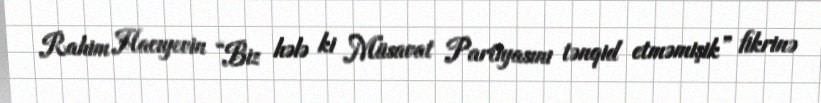
Rahim Hacıyevin “Biz hələ ki Müsavat Partiyasını tənqid etməmişik” fikrinə